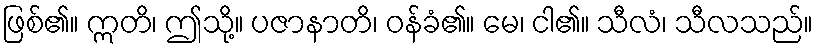
ဖြစ်၏။ ဣတိ၊ ဤသို့။ ပဇာနာတိ၊ ဝန်ခံ၏။ မေ၊ ငါ၏။ သီလံ၊ သီလသည်။